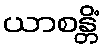
ယာစန္တိံ